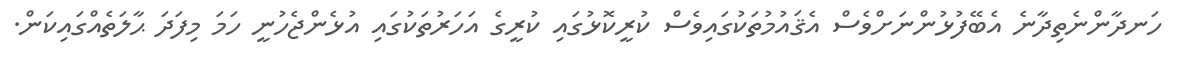
ހަނދާންނެތިދާނެ އެބޭފުޅުންނަށްވެސް އެޤައުމުތަކުގައިވެސް ކުރީކޮޅުގައި ކުރީގެ އަހަރުތަކުގައި އުޅެންޖެހުނީ ހަމަ މިފަދަ ޙާލަތެއްގައިކަން.